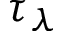
\tau _ { \lambda }